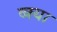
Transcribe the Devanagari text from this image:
व्क्या